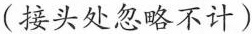
（接头处忽略不计）